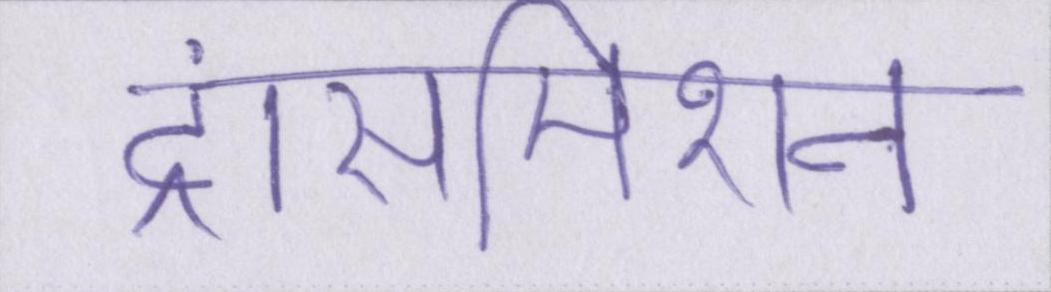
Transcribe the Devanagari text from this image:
ट्रांसमिशन